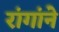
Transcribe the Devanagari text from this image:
रांगांने